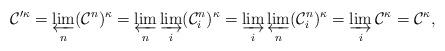
LaTeX: \begin{align*}\mathcal C'^\kappa = \varprojlim_n (\mathcal C^n)^\kappa = \varprojlim_n \varinjlim_i (\mathcal C_i^n)^\kappa = \varinjlim_i \varprojlim_n (\mathcal C_i^n)^\kappa = \varinjlim_i \mathcal C^\kappa = \mathcal C^\kappa,\end{align*}